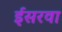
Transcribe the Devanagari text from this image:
ईसरवा